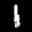
Label: 1